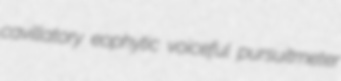
cavillatory eophytic voiceful pursuitmeter